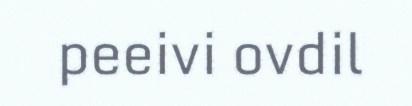
peeivi ovdil